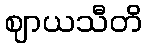
ဈာယသီတိ